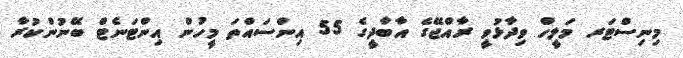
މިނިސްޓަރ މަލީހް ވިދާޅުވީ ރާއްޖޭގެ އާބާދީގެ 55 އިންސައްތަ މީހުން އިންޓަނެޓް ބޭނުންކުރާ